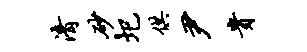
清砂圯供尹贵